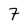
Character: 7